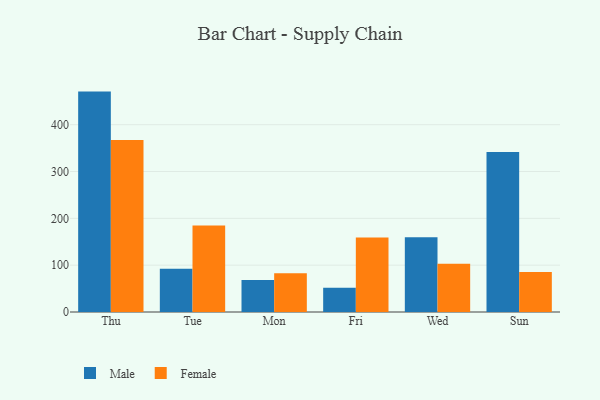
{"axis": {"x": "Day", "y": "LTV (USD)"}, "legend": ["Female", "Male"], "data": [{"x": "Thu", "y": 470.6, "type": "Male"}, {"x": "Thu", "y": 367.3, "type": "Female"}, {"x": "Tue", "y": 92.4, "type": "Male"}, {"x": "Tue", "y": 184.7, "type": "Female"}, {"x": "Mon", "y": 68.1, "type": "Male"}, {"x": "Mon", "y": 82.7, "type": "Female"}, {"x": "Fri", "y": 51.6, "type": "Male"}, {"x": "Fri", "y": 159.1, "type": "Female"}, {"x": "Wed", "y": 159.8, "type": "Male"}, {"x": "Wed", "y": 103.2, "type": "Female"}, {"x": "Sun", "y": 341.5, "type": "Male"}, {"x": "Sun", "y": 85.6, "type": "Female"}]}